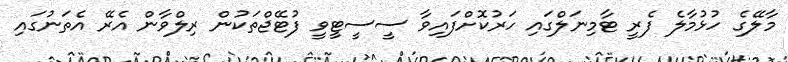
މާލޭގެ ހުޅުމާލެ ފެރީ ޓާމިނަލްގައި ހަރުކޮށްފައިވާ ސީސީޓީވީ ފުޓޭޖްތަކުން ރިލްވާން އެރޭ އެތަނުގައި